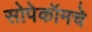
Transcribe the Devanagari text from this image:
सोपेकॉमचे